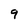
Character: 9